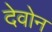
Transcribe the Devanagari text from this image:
देवोन